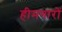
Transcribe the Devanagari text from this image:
हीमगारों